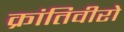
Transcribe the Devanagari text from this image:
क्रांतिवीरो